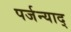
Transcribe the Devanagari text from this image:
पर्जन्याद्‌